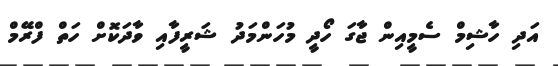
އަދި ހާޝިމް ސެމީއިން ޖާގަ ހޯދީ މުހަންމަދު ޝަރީފާއި ވާދަކޮށް ހަތް ފްރޭމް